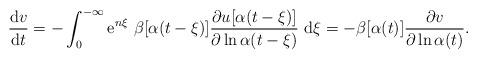
LaTeX: \begin{align*}\frac{{\rm d}v}{{\rm d}t}=-\int_{0}^{-\infty }{\rm e}^{n\xi }\,\,\beta[\alpha (t-\xi )]\frac{\partial u[\alpha (t-\xi )]}{\partial \ln\alpha(t-\xi )}\,\,{\rm d}\xi =-\beta [\alpha (t)]\frac{\partial v}{\partial\ln\alpha (t)}.\end{align*}